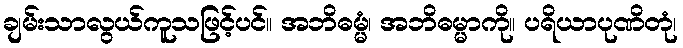
ချမ်းသာလွယ်ကူသဖြင့်ပင်။ အဘိဓမ္မံ၊ အဘိဓမ္မာကို။ ပရိယာပုဏိတုံ၊